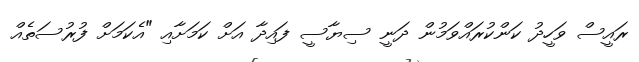
ރައީސް ވަހީދު ކަންކުރައްވަމުން ދަނީ ސިޔާސީ ފައިދާ އަށް ކަމަށާއި "އެކަމަށް ފުރުސަތެއް